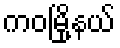
ကဝမြို့နယ်